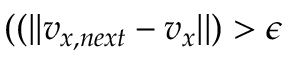
( ( | | v _ { x , n e x t } - v _ { x } | | ) > \epsilon